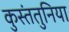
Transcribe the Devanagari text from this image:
कुस्तंतुनिया